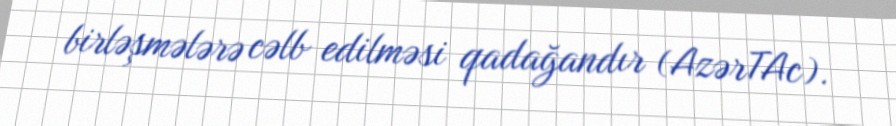
birləşmələrə cəlb edilməsi qadağandır (AzərTAc).